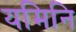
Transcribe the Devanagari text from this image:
यमिनि